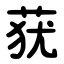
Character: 莸